Vaccination in Bombay 1889-1901 - 1889-1901
Year: 1889
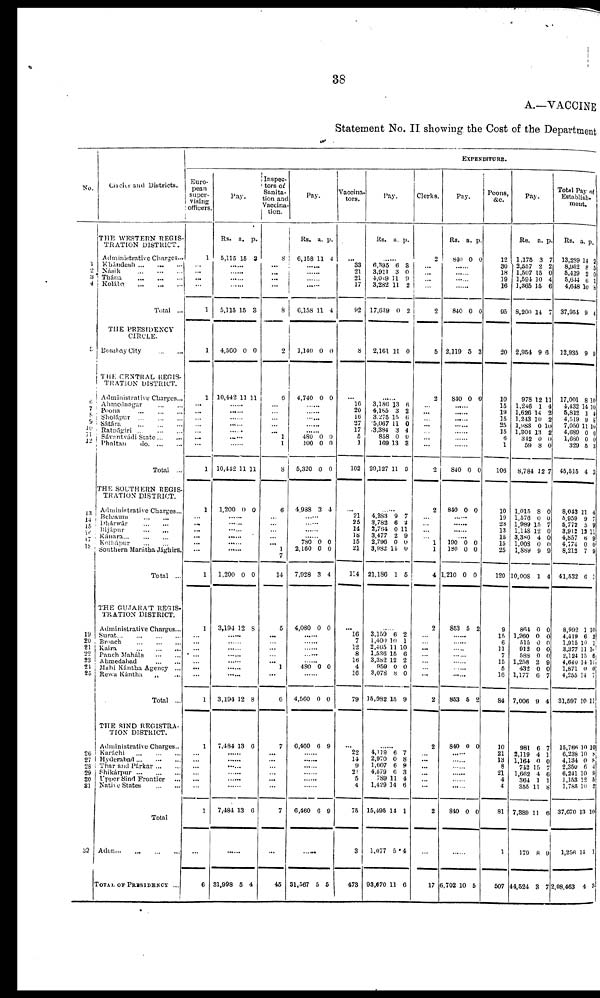
38
A.—VACCINE
Statement No. II showing the Cost of the Department
No.
1
2
3
4
5
6 7
8
9
10
11
12
13
14
15
16 17
18
19
20
21
22
23 24
25
26
27
28
29
30
31
32
Circles and Districts.
THE WESTERN REGIS-
TRATION DISTRICT.
Administrative Charges...
Khándesh ... ... ...
Násik
...
...
...
Thána
...
...
...
Kolába
...
...
...
Total ...
THE PRESIDENCY
CIRCLE.
Bombay City
...
...
THE CENTRAL REGIS-
TRATION DISTRICT.
Administrative Charges...
Ahmednagar ... ...
Poona ... ... ...
Sholápur ... ... ...
Sátára
...
...
...
Ratnágiri ... ... ...
Sávantvádi State ... ...
Phaltan
do. ... ...
Total ...
THE SOUTHERN REGIS-
TRATION DISTRICT.
Administrative Charges...
Belgaum ... ...
Dhárwár
...
...
Bijápur
...
...
Kánara ... ... ...
Kolhápur
...
...
Southern Marátha Jághirs.
Total ...
THE GUJARAT REGIS-
TRATION DISTRICT.
Administrative Charges...
Surat
...
...
...
...
Broach
...
...
...
Kaira
...
...
...
Panch Maháls
...
...
Ahmedabad ... ...
Mahi Kántha Agency ...
Rewa Kántha
„
...
Total ...
THE SIND REGISTRA-
TION DISTRICT.
Administrative Charges...
Karáchi ... ... ...
Hyderabad ... ... ...
Thar and Párkar ... ...
Shikárpur
...
...
...
Upper Sind Frontier ...
Native States
...
...
Total
Aden...
...
...
...
TOTAL OF PRESIDENCY ...
EXPENDITURE.
Euro-
pean
super-
vising
officers.
1
...
...
...
...
1
1
1
...
...
...
...
...
...
...
1
1
...
...
...
... ...
...
1
1
...
...
...
...
... ...
...
1
1
...
...
...
...
...
...
1
...
6
Pay.
Rs.
5,115
a.
15
p.
3
......
......
......
......
5,115
4,560
10,442
15
0
11
3
0
11
......
......
......
......
......
......
......
10,442
1,200
11
9
11
0
......
......
......
...... ......
......
1,200 0 0
3,194 12 8
......
......
......
......
...... ......
......
3,194 12 8
7,484 13 6
......
......
......
......
......
......
7,484 13 6
......
31,998 5 4
Inspec-
tors of
Sanita-
-ion and
Vaccina-
tion.
8
...
...
...
...
8
2
6
...
...
...
...
...
1
1
8
6
...
...
...
...
1
7
14
5
...
...
...
...
... 1
...
6
7
...
...
...
... ...
...
7
...
45
Pay.
Rs.
6,158
a.
11
p.
4
......
......
......
......
6,158
1,140
4,740
11
0
0
4
0
0
......
......
......
......
......
480
100
5,320
4,988
0
0
0
3
0
0
0
4
......
......
......
...... 780
2,160
7,928
0
0
3
0
0
4
4,080 0 0
......
......
......
......
...... 480 0 0
......
4,560 0 0
6,460 6 9
......
......
......
......
......
......
6,460 6 9
......
31,567 5 5
Vaccina-
tors.
...
33
21
21
17
92
8
...
16
20
16
27
17
5
1
102
...
21
25
14
18 15
21
114
...
16
7
12
8
16 4
16
79
...
22
14
9
21
5
4
75
3
473
Pay.
Rs. a. p.
......
6,395
3,911
4,049
3,282
17,639
2,161
6
3
11
11
0
11
3 0
9
2
2
0
......
3,186
4,185
3,275
5,067
3,384
858
169
20,127
13
3
15
11
3
0
13
11
6
2
6
0
4
0
3
9
......
4,383
3,782
2,764
3,477 2,796
3,982
21,186
9
6
0
2 0
14
1
7
2
11
9 0
0
5
......
3,159
1,400 2,465
1,536
3,382 958
3,078
15,982
6
10
11
15
12 0
8
15
2
1
10
6
2 0
0
9
......
4,119
2,970
1,607
4,579
789
1,429
15,495
1,077
93,670
6
0
6
6
11
14
14
5
11
7
8
9
3
4
6
1
4
6
Clerks.
2
... ...
...
...
2
5
2
...
...
...
...
...
...
...
2
2
...
...
...
... 1
1
4
2
...
... ...
...
... ...
...
2
2
... ...
... ...
...
...
2
...
17
Pay.
Rs.
840
a.
0
p.
0
......
......
......
......
840
2,119
840
0
5
0
0
3
0
......
......
......
......
......
......
......
840
840
0
0
0
0
......
......
......
......
190
180
1,210
0
0
0
0
0
0
853 5 2
......
......
......
......
...... ......
......
853 5 2
840 0 0
......
......
......
......
......
......
840 0 0
......
6,702 10 5
Peons,
&c.
12
30
18
19
16
95
20
10
15
19
15
25
15
6 1
106
10
19
23
13
15 15
25
120
9
15
6
11
7
15 5
16
84
10
21
13
8
21
4
4
81
1
507
Pay.
Rs.
1,175
2,557
1,507
1,594
1,365
8,200
2,954
978
1,246
1,626
1,243
l,983
1,304
342
59
8,784
1,015
1,576
1,989
1,148
3,380 1,008
1,889
10,008
a.
3
2
15
10
15
14
9
12
1
14
10
0
13
0
8
12
8
0
15
12
4 0
9
1
p.
7
2
0
4
6
7
6
11
4
2
2
10
2
0
0
7
0
0
7
0
0 0
9
4
864
1,260
515
912
588
1,258 432
1,177
7,006
0
0
0
0
0
2 0
6
9
0
0
0
0
0
9 0
7
4
981
2,119
1,164
742
1,662
364
355
7,389
179
44,524
6
4
0
15
4
1
11
11
8
3
7
1
0
7
6
1
8
6
9
7
Total Pay of
Establish-
ment.
Rs.
13,289
8,952
5,419
5,644
4,648
37,954
12,935
17,001
4,432
5,812
4,519
7,050
4,689
1,680
329
45,515
8,043
5,959
5,772
3,912
4,857 4,774
8,212
41,532
a.
14
8
2
6
10
9
9
8
14
1
9
11
0
0
5
4
11
9
5
12
6 0
7
6
p.
2
5 0
1
8
4
9
10
10
4
8
10
6
0
3
3
4
7
9
11
9 0
9
1
8,992
4,419
1,915
3,377
2,124
4,640 1,871
4,255
31,597
1
6
10
11
15
14 0
14
10
10
2
1
10
6
11 0
7
11
15,766
6,238
4,134
2,350
6,241
1,153
1,785
37,670
1,256
2,08,463
10
10
0
6
10
12
10
13
14
4
10
8
8
4
9
5
2
10
1
3